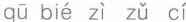
qū bié zì zǔ cí